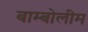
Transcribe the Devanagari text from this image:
बाम्बोलीम